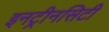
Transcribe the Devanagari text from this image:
इनट्रीनसिटी